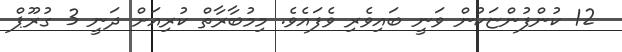
12 ކުންފުންޏަކުން ވަނީ ބައިވެރި ވެފައެވެ. މިމުބާރާތް ކުރިއަށް ދަނީ 3 ގުރޫޕް